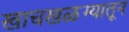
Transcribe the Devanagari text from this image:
खाचखळग्यातून